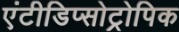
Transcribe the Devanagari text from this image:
एंटीडिप्सोट्रोपिक